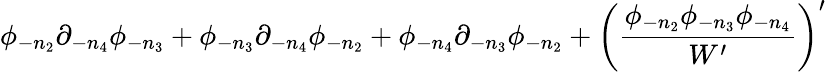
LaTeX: \phi_{-n_{2}}\partial_{-n_{4}}\phi_{-n_{3}}+\phi_{-n_{3}}\partial_{-n_{4}}\phi_{-n_{2}}+\phi_{-n_{4}}\partial_{-n_{3}}\phi_{-n_{2}}+\left({\frac{\phi_{-n_{2}}\phi_{-n_{3}}\phi_{-n_{4}}}{W^{\prime}}}\right)^{\prime}